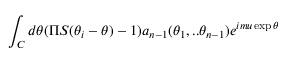
\int _ { C } d \theta ( \Pi S ( \theta _ { i } - \theta ) - 1 ) a _ { n - 1 } ( \theta _ { 1 } , . . \theta _ { n - 1 } ) e ^ { i m u \exp \theta }